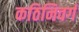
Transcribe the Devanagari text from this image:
कठिनिवर्ग